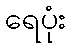
ရေပုံး